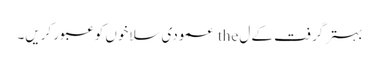
بہتر گرفت کے ل the عمودی سلاخوں کو عبور کریں۔